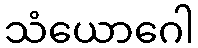
သံယောဂေါ